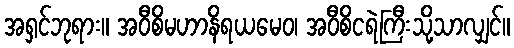
အရှင်ဘုရား။ အဝီစိမဟာနိရယမေဝ၊ အဝီစိငရဲကြီးသို့သာလျှင်။